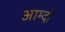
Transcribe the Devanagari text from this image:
आम्दो